Vital statistics of India. Vol. VI, European troops 1870-79
Year: 1870
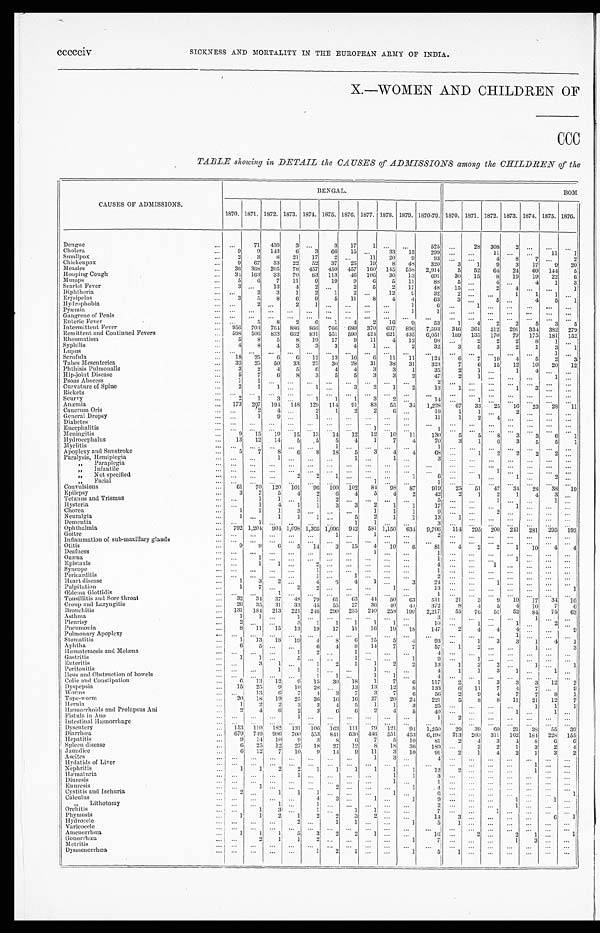
CAUSES OF ADMISSIONS.
BENGAL.
BOM
1870. 1871. 1872. 1873. 1874. 1875. 1876. 1877. 1878. 1879. 1870-79. 1870. 1871. 1872. 1873. 1874. 1875. 1876.
Dengue
... ...
71 430
3
. . .
3 17
1
. . .
. . .
525 ...
28 308
2
. . .
...
...
Cholera
...
9
9 143
6 3 66 15 ...
33 15
299 ...
. . . 11 ...
. . . 11
1
Smallpox
...
2
3
8 21 17
2 ...
11 20
9
93
. . .
. . . 4
8
7
. . . 2
Chickenpox
... 9 67 33 22 52 37 25 19
8 48 320
3
1
9
3 17
9 20
Measles
... 36 368 205 78 457 4.50 457 160 145 558 2,914
5 52 64 24 69 144
5
Hooping Cough
... 34 163 33 70 83 113 46 106 30 13 691 30 15
8 19 19 22
6
Mumps
...
5
6
7 11
9 19
9
6
5 11
88
5
. . . 4 ...
4
1
3
Scarlet Fever
...
3
. . . 13
4
2
. . . 2
5
2 17
48 15 ...
2 4
. . .
. . . 1
Diphtheria
...
. . . 2
3
1
2
1
2
. . . 12
9
32
2 ... ...
1
1
1
. . .
Erysipelas
... 3
5
8
6
9
5 11
8
4
4
6 3 3 ...
5
. . . 4
5
1
Hydrophobia
... ...
2
. . . 2
1
. . .
. . .
. . .
. . . 1
6 ...
1
. . .
. . .
. . .
. . .
. . .
P y æ m i a
... ... ... ... ... ... ... ... ... ...
1
1
. . .
. . . . . .
. . .
. . .
. . .
. . .
Gangrene of Penis
... ... ... ... ... ... ... ... ... ... ...
. . .
. . .
. . . . . .
. . .
. . .
. . .
. . .
Enteric Fever
... ...
5
8
2
6
1
4
2 16
9
53
1
4
2
2
5
3
5
Intermittent Fever
... 956 703 764 886 866 766 689 370 697 896 7,593 346 361 512 291 334 382 279
Remittent and Continued Fevers
... 598 506 833 662 831 551 590 424 621 435 6,051 189 135 170 79 175 181 152
Rheumatism
...
5
8
5
8 19 17
9 11
4 12
98 ...
2
2
2
8
1
. . .
Syphilis
...
4
8
4
3
3
3
4
1
. . . 2
32
3
5
3
2
1
3
1
L u p u s
Scrofula
... . . .
... 18 ... 25 ... 6 . . . 6 ... 12 ...
13
... 1 6 ... 6
. . .
11 ... 11 ... 124 ... 6 ... 7
... 10
... 4 ... 5
1
2
. . .
3
Tabes Mesenterica
... 32 25 50 33 25 30 28 31 38 31
323
7
6 15 12 10 20 12
Phthisis Pulmonalis
... 3
2
4
5
6
4
4
3 3
1
35
2
1 ...
1
4
. . .
. . .
Hip-joint Disease
...
5
7
6
8 3
5
5
3
3
2
47
2
1
. . .
. . .
. . . 1
. . .
Psoas Abscess
...
1
1
. . .
. . . ... ... ...
. . . ...
. . .
2
. . .
. . .
. . .
. . .
. . .
. . . ...
Curvature of Spine
...
2
1
1 ...
1
. . .
3
2
1
2
13
1
. . . ...
1
3 ... ...
Rickets
. . . ... ... ... ... ... ... ...
. . .
. . .
. . .
. . .
. . .
. . . . . .
. . .
. . . ... ...
Scurvy
...
2
1
3
. . .
1
1
1
3
2 . . .
14 ...
1 . . .
. . . . . .
. . . ...
Anæmia
... 173 207 194 148 129 114 91 83 55 34 1,228 67 33 25 16 23 28 11
Cancrum Oris
... ...
2
4 ...
2
1
2
2
6
. . .
19
1
1
. . .
2
. . .
. . .
. . .
General Dropsy
... ...
1
9
. . .
1
. . .
. . .
. . .
. . .
. . .
11
1
2 4
. . .
. . .
. . .
. . .
Diabetes
. . .
. . .
. . . . . .
. . . . . .
. . .
. . .
. . .
. . .
. . .
. . .
. . .
. . .
. . .
. . .
. . .
. . .
. . .
Encephalitis
...
. . .
. . . . . .
. . .
. . .
. . .
. . .
1 . . .
. . . 1
. . . ... ... ... ... ... ... ...
Meningitis
...
9 15 19 15 13 14 12 12 10 11
130
5
5 8
3
3
6
1
Hydrocephalus
... 13 12 14
5
5
5
4
1
7
4
70
3
1
6
3
5
5
1
M y e l i t i s
...
. . .
. . .
. . .
. . .
. . .
1
. . .
. . . . . .
. . .
1
. . .
. . .
. . .
. . .
. . .
. . .
. . .
Apoplexy and Sunstroke
...
5
7 8
6
8 18
5
3 4
4
68 ...
1
2
2
2
2 ...
Paralysis, Hemiplegia
. . . . . .
. . .
1
. . .
. . .
. . . 1 ...
1 . . .
3
. . .
. . .
. . .
. . . . . .
. . . ...
„ P a r a p l e g i a
...
. . .
. . . ... ... ... ...
. . . ...
. . . . . .
. . . . . .
. . .
. . .
. . . . . .
. . . ...
„ I n f a n t i l e
. . . ... ... ...
. . .
. . . ... ... ... ... ...
. . .
... ...
1
... ...
. . .
. . .
„ Not speci f i ed
...
. . . ... . . .
2
2
1
. . .
. . .
. . .
1
6 ...
1
. . . 1
. . .
2 ...
„ F a c i a l
. . . . . .
. . .
. . .
. . .
. . . . . .
. . .
1
. . .
. . .
1
. . .
. . . . . . ... . . .
. . . ...
Convulsions
... 61 70 120 101 96 100 102 84 98 87
919 25 51 47 34 28 38 19
Epilepsy
...
3 7
5
4
2
6
4
5
4
2
42
2
1
2
1
4
3
. . .
Tetanus and Trismus
. . . . . .
1
1
. . . 1
2
. . .
. . .
. . .
. . .
5
. . .
. . .
1
. . .
. . .
1 . . .
Hysteria
... ...
1
4
1
1
3
3
2
1
1
1 7
. . .
. . .
. . .
1
. . .
. . . ...
Chorea
. . . 1
1
1
3
. . .
. . .
. . . 1
1
1
9
. . .
. . .
2
. . .
. . .
. . . ...
Neuralgia
. . . 1 . . .
1
1
1
. . . 5
2
1
1
13
1
. . .
. . .
. . .
. . .
. . . ...
Dementia
. . . . . .
1
. . . . . .
... ...
1
1
. . .
. . .
3
. . .
. . . ... ... ...
. . . ...
Ophthalmia
... 792 1,204 904 1,098 1,305 1,096 942 581 1,150 634 9,706 114 295 200 241 281 295 192
G o i t r e
... ... ... ... ... ...
1
. . . 1
. . .
. . .
2
. . .
. . .
. . .
. . .
. . .
. . .
. . .
Inflammation of sub-maxillary glands
... . . .
. . . ... ... ... ... ...
. . . ... ...
. . . ...
. . .
. . .
. . .
. . .
. . .
. . .
Otitis
. . . 9
9
6
5 14
3 15
4 10
6
81
4
2
2
1 10
4 4
Deafness
... . . .
. . .
. . .
. . .
. . .
. . . . . .
1 . . .
. . .
1
. . . . . .
. . .
. . . . . .
. . .
. . .
O z œ n a
... ...
1
. . .
. . .
. . . . . .
. . . ... ... ...
1
. . . ... ...
1
. . . ...
. . .
Epistaxis
... ...
1
1 ...
2 ... ... ... ... ...
4
. . . . . .
1
. . . . . . ... ...
Syncope
Pe r i c a r di t i s
... . . . ... . . . ... . . .
. . .
. . . ... . . .
1 1 ...
...
. . .
1 ... . . .
...
... ... . . .
1 2 ...
...
. . .
. . . ... . . . ... . . . ... . . . ... . . . ... . . .
Heart disease
...
1
3
2 ...
4
6 4
1 . . .
3
24 . . .
. . .
1
. . . ...
... ...
Palpitation
...
1
7
. . . 2
2
. . .
. . .
. . . 1
. . .
13
. . . ... ... ...
. . . ...
1
Œd e ma Gl o t t i d i s
... ... ...
1
. . .
. . .
. . . ... ...
. . .
. . .
1
. . .
. . .
. . . ... ...
...
. . .
Tonsillitis and Sore throat
. . . 32 34 37 48 79 61 63 44 50 63
511 21
3
9 19 17 34 16
Croup and Laryngitis
... 26 35 31 33 45 55 27 36 40
4 4 372
8
4 5
4 10
7
6
Bronchitis
... 131 184 213 221 246 290 235 240 258 199 2,217 55 76 51 52 84 75 63
Asthma
. . . 1
1
. . .
1 ... ... ...
. . . ... ...
3
. . .
. . .
. . .
. . .
1
. . .
. . .
Pleurisy
. . .
2
. . .
. . . 3
1
1
1
1
1 ...
10 ...
1
. . .
1
. . .
2
. . .
Pneumonia
. . . 8 11 15 13 19 17 11 16 19 18 147
2
4
4
4 . . .
. . .
9
Pulmonary Apoplexy
... ... ... ... ...
. . . ...
. . . ...
. . .
. . .
. . .
. . .
. . .
. . .
1 . . . ...
. . .
Stomatitis
...
1 13
1 8 19
4
8
6 15
5
4
93 ...
1
3
3
1
4
1
Aphtha
...
6
5
. . .
. . . 6
4 8 14 7
7
5 7
1
2
. . .
. . .
1
. . . 3
Hæmatemesis and Melæna
...
. . . ... ...
1
2
. . .
1
. . .
. . .
. . .
4
. . . . . .
. . .
. . .
. . .
. . .
. . .
Gastritis
...
1
1 ...
5
. . .
. . .
1
. . .
. . . 1
9
. . .
1 ...
. . . ... ...
. . .
Enteritis
... ...
3
1 ...
1
2
1
1
2 2
13
1
2
2 ... 1 ...
1
Peritonitis
. . . . . .
. . .
1
1
1
. . .
. . .
1
. . .
. . .
4
1
1
3 1
. . . 1
. . .
Ileus and Obstruction of bowels
. . . . . . ... ... ...
1
1 ...
1
1
. . .
4
. . .
. . .
. . . ...
. . .
. . . ...
Colic awd Constipation
...
6 13 12
9 15 30 18
1
7
6
117
2
1
3
3
3 12
2
Dyspepsia
... 15 25
9 10 28 ...
13 13 12
8
133
6 11
7
4
7
. . . 9
Worms
... . . .
1 3 6
7
4
3
7
3
7
6
56
2
9 4
7
7
8
1
Tape-worm
... 20 18 19 25 36
1 6 16 27 20 24
221
5
8 8 11 21 12
7
Hernia
...
1
2
2
3
3
4
5
1
1
3
25 ... ...
. . .
. . . 1
1
1
Hæmorrhoi ds and Prol apsus Ani
...
2 4 6
2
3
6
6
2
4
5
4 0
. . .
. . .
. . . 1 ...
1
. . .
F i s t u l a i n A n o
... ... ... ...
1 ...
. . . ...
. . . ... ...
1
2
. . . ...
. . . . . .
. . . ...
Intestinal Hæmorrhage
. . . . . .
. . .
. . . ...
. . .
. . . . . .
. . .
. . .
. . .
. . .
. . . . . .
. . . ... ... ... ...
Dysentery
... 153 110 182 131 106 163 111 79 121 94 1,250 29 39 60 21 38
5 5
39
Diarrhœa
... 679 749 906 700 553 841 630 436 551 453 6,498 213 209 311 162 184 228 155
Hepatitis
...
9 14 10
9
3
8
6 7
5 10
81
2
4
3
4
8 6
6
Spleen disease
...
6 25 12 27 18 27 12
8 18 36
189 ...
2
2
1
3
2
4
Jaundice
...
6 12 7 10
9 14
9 11
3 10
91
2
1
4
2
1
3
2
A s c i t e s
... ... ... ... ... ... ...
. . . 1
3
. . .
4
. . .
. . .
. . .
. . .
. . .
. . .
. . .
Hydatids of Liver
. . . . . .
. . . . . .
. . . . . .
. . .
. . . . . .
. . .
. . .
. . .
. . .
. . .
. . .
. . . 1
. . .
. . .
Nephritis
...
1
1
2
2
1
1
1
1
1
1
12
2
. . . ... ...
1 ... ...
Hæmaturia
... ... ... ...
1
. . . ...
. . . ...
1
1
3 . . . ...
. . . ... . . .
. . .
. . .
Diuresis
. . . . . .
. . . . . .
. . .
. . . . . .
. . . . . .
1
. . .
1
. . .
. . .
. . . ...
. . . ... ...
Enuresis
... . . .
1 ... ...
. . . 2
. . . ...
. . .
1
4 ...
. . . ...
... ... ... ...
Cystitis and Ischuria
...
2
. . .
1
1
1 . . .
. . .
. . .
1
. . .
6
. . .
. . .
. . . ... . . . ...
1
Calculus
... ... ... ... ...
4
3
. . .
1
. . . 1
9
. . .
. . .
. . . 1
. . .
1
. . .
„. Li thotomy
. . . . . .
. . .
1 ...
1 . . .
. . .
. . .
. . . . . .
2
. . .
. . . ...
1 ...
. . . ...
Orchitis
... ...
1 3
. . .
1 . . .
1
1
...
. . .
7
. . .
. . .
1 ... ... ... ...
Phymosis
. . . 1
1
2
1
2
2
3
2
. . . . . .
14
3
. . .
. . . ... . . . 6
1
Hydrocele
... ... . . . ...
2 ...
1
1 . . .
. . . 1
5
1
. . .
. . . ... . . . ... ...
Va r i c o c e l e
... ... ... ...
. . . . . .
. . .
. . . . . .
. . . . . .
. . .
. . .
. . .
. . . ... . . . ...
...
Amenorrhœa
...
1
1
1
5
3
2
2
1 ... ...
16 ...
2 ...
2
1
. . .
1
Gonorrhœa
... ...
2
1
1
2
. . .
. . .
. . . . . .
1
7
. . .
. . . . . .
1
3 ...
. . .
M e t r i t i s
...
. . .
. . .
. . .
. . .
. . .
. . .
. . .
. . . . . .
. . .
. . .
. . .
. . . . . .
. . .
. . . ...
. . .
Dysmenorrhœa
. . . . . .
. . .
. . .
. . . 1
2 1 ... ...
1
5
1
... ... ...
. . .
. . .
. . .